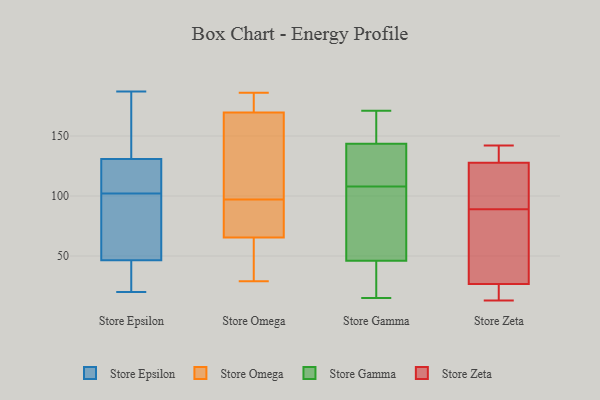
{"axis": {"x": "Production Output", "y": "Value"}, "legend": ["Store Epsilon", "Store Gamma", "Store Omega", "Store Zeta"], "data": [{"x": "", "y": 20, "type": "Store Epsilon"}, {"x": "", "y": 38, "type": "Store Epsilon"}, {"x": "", "y": 46, "type": "Store Epsilon"}, {"x": "", "y": 96, "type": "Store Epsilon"}, {"x": "", "y": 130, "type": "Store Epsilon"}, {"x": "", "y": 165, "type": "Store Epsilon"}, {"x": "", "y": 131, "type": "Store Epsilon"}, {"x": "", "y": 102, "type": "Store Epsilon"}, {"x": "", "y": 129, "type": "Store Epsilon"}, {"x": "", "y": 187, "type": "Store Epsilon"}, {"x": "", "y": 95, "type": "Store Epsilon"}, {"x": "", "y": 48, "type": "Store Epsilon"}, {"x": "", "y": 105, "type": "Store Epsilon"}, {"x": "", "y": 21, "type": "Store Epsilon"}, {"x": "", "y": 182, "type": "Store Epsilon"}, {"x": "", "y": 90, "type": "Store Omega"}, {"x": "", "y": 170, "type": "Store Omega"}, {"x": "", "y": 104, "type": "Store Omega"}, {"x": "", "y": 90, "type": "Store Omega"}, {"x": "", "y": 68, "type": "Store Omega"}, {"x": "", "y": 118, "type": "Store Omega"}, {"x": "", "y": 129, "type": "Store Omega"}, {"x": "", "y": 185, "type": "Store Omega"}, {"x": "", "y": 63, "type": "Store Omega"}, {"x": "", "y": 69, "type": "Store Omega"}, {"x": "", "y": 169, "type": "Store Omega"}, {"x": "", "y": 172, "type": "Store Omega"}, {"x": "", "y": 55, "type": "Store Omega"}, {"x": "", "y": 42, "type": "Store Omega"}, {"x": "", "y": 186, "type": "Store Omega"}, {"x": "", "y": 29, "type": "Store Omega"}, {"x": "", "y": 47, "type": "Store Gamma"}, {"x": "", "y": 92, "type": "Store Gamma"}, {"x": "", "y": 15, "type": "Store Gamma"}, {"x": "", "y": 128, "type": "Store Gamma"}, {"x": "", "y": 147, "type": "Store Gamma"}, {"x": "", "y": 51, "type": "Store Gamma"}, {"x": "", "y": 171, "type": "Store Gamma"}, {"x": "", "y": 121, "type": "Store Gamma"}, {"x": "", "y": 18, "type": "Store Gamma"}, {"x": "", "y": 146, "type": "Store Gamma"}, {"x": "", "y": 16, "type": "Store Gamma"}, {"x": "", "y": 104, "type": "Store Gamma"}, {"x": "", "y": 142, "type": "Store Gamma"}, {"x": "", "y": 112, "type": "Store Gamma"}, {"x": "", "y": 145, "type": "Store Gamma"}, {"x": "", "y": 45, "type": "Store Gamma"}, {"x": "", "y": 142, "type": "Store Zeta"}, {"x": "", "y": 89, "type": "Store Zeta"}, {"x": "", "y": 136, "type": "Store Zeta"}, {"x": "", "y": 29, "type": "Store Zeta"}, {"x": "", "y": 132, "type": "Store Zeta"}, {"x": "", "y": 141, "type": "Store Zeta"}, {"x": "", "y": 26, "type": "Store Zeta"}, {"x": "", "y": 49, "type": "Store Zeta"}, {"x": "", "y": 26, "type": "Store Zeta"}, {"x": "", "y": 115, "type": "Store Zeta"}, {"x": "", "y": 33, "type": "Store Zeta"}, {"x": "", "y": 13, "type": "Store Zeta"}, {"x": "", "y": 20, "type": "Store Zeta"}, {"x": "", "y": 90, "type": "Store Zeta"}, {"x": "", "y": 114, "type": "Store Zeta"}]}